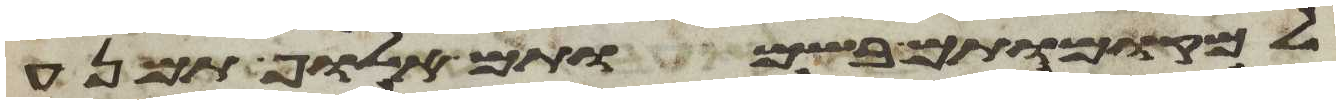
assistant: למקומותם בשמותם אלוף תמנע